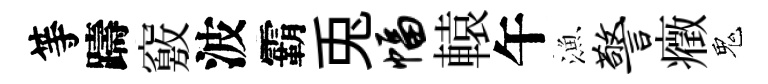
等躊竅波霸兎幅轅午漁警癥鬼